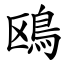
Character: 鴎